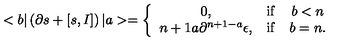
< b | \left( \partial s + \left[ s , I \right] \right) | a > = \left\{ \begin{array} { c c c } { 0 , } & { \mathrm { i f } } & { b < n } \\ { { \binom { n + 1 } { a } } \partial ^ { n + 1 - a } \epsilon , } & { \mathrm { i f } } & { b = n . } \\ \end{array} \right.